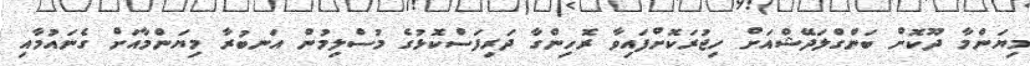
މިޔަންމާ ދޫކޮށް ބަންގްލަދޭޝްއަށް ހިޖުރަކޮށްފައިވާ ރޮހިންގާ ދަރިފަސްކޮޅުގެ މުސްލިމުން އަނބުރާ މިޔަންމާއަށް ގެނައުމާއި